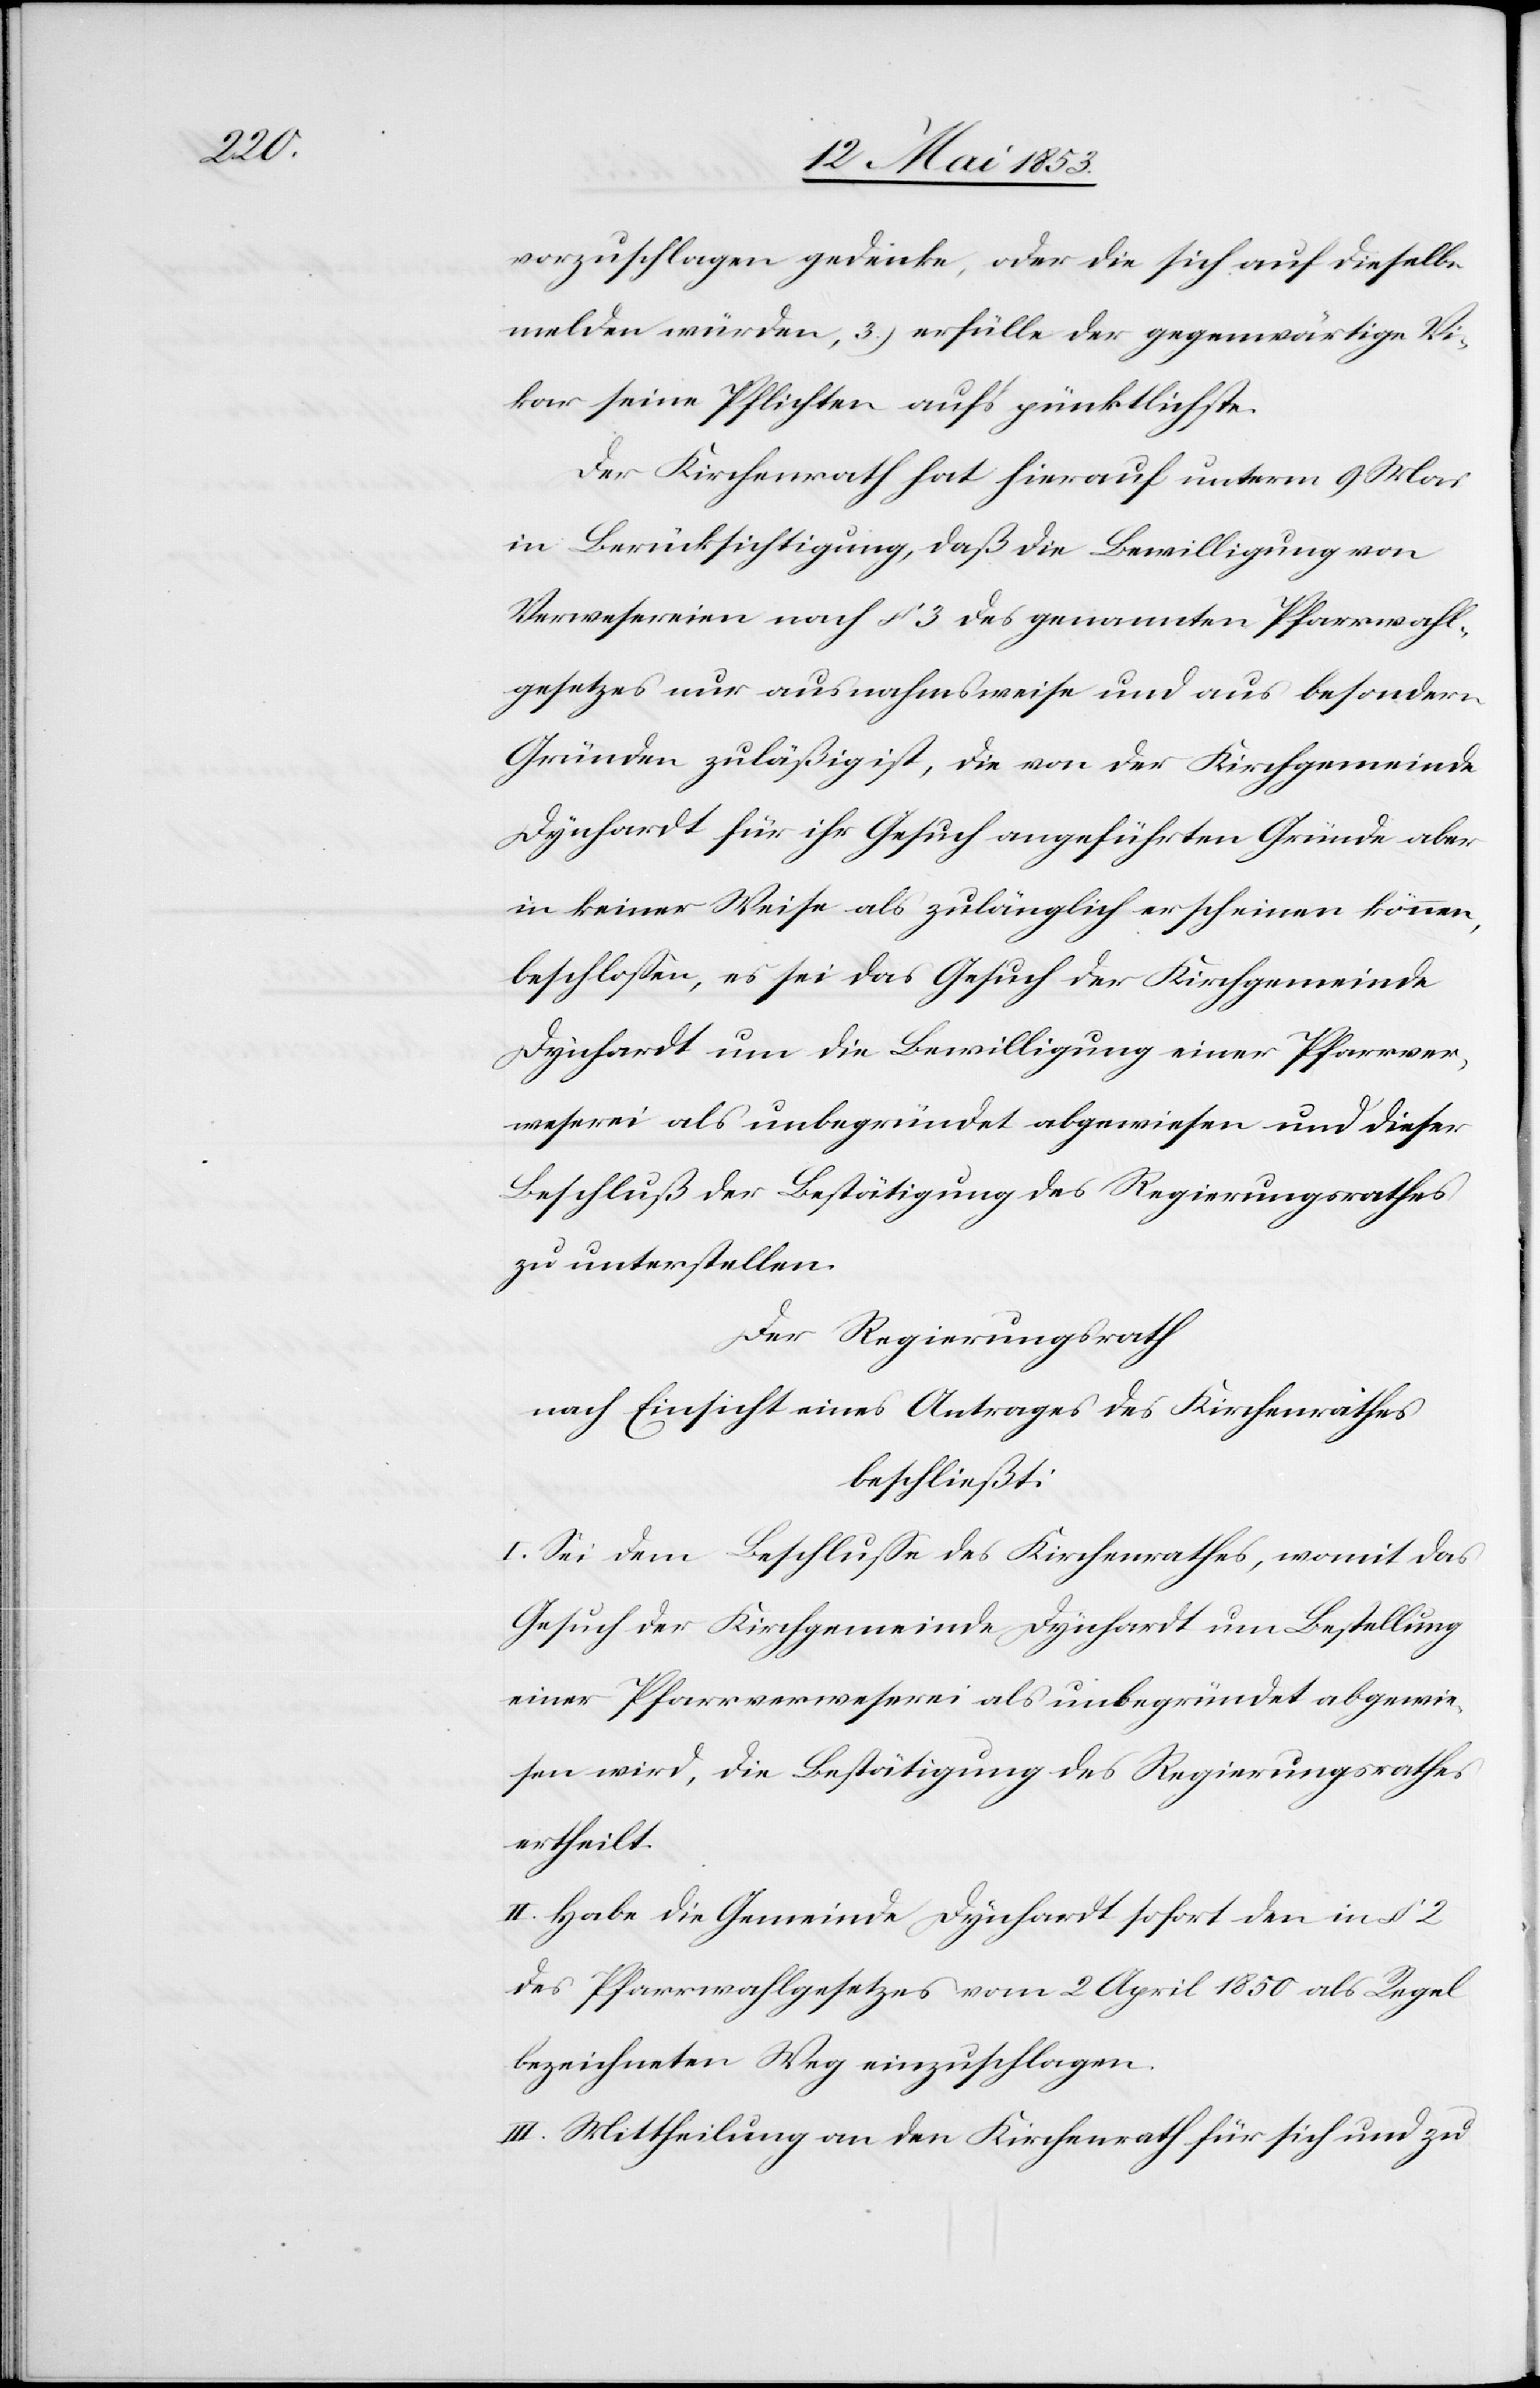
vorzuschlagen gedeute, oder die sich auf dieselbe
melden würden, 3.) erfülle der gegenwärtige Vi¬
kar seine Pflichten aufs gründlichste.
Der Kirchenrath hat hierauf unterm 9 Mai
in Berücksichtigung, daß die Bewilligung von
Verwesereien nach § 3 des genannten Pfarrwahl¬
gesetzes nur ausnahmsweise und aus besondern
Gründen zuläßig ist, die von der Kirchgemeinde
Dynhardt für ihr Geuch angeführten Gründe aber
in keiner Weise als zugänglich erscheinen können,
beschloßen, es sei das Gesuch der Kirchgemeinde
Dynhardt um die Bewilligung einer Pfarrver¬
weserei als unbegründet abgewiesen und dieser
Beschluß der Bestätigung des Regierungsrathes
zu unterstellen.
Der Regierungsrath
nach Einsicht eines Antrages des Kirchenrathes
beschließt:
I. Sei dem Beschluße des Kirchenrathes, womit das
Gesuch der Kirchgemeinde Dynhardt um Bestellung
einer Pfarrverweserei als unbegründet abgewie¬
sen wird, die Bestätigung des Regierungsrathes
ertheilt.
II. Habe die Gemeinde Dynhardt sofort den in § 2
des Pfarrwahlgesetzes vom 2 April 1850 als Regel
bezeichneten Weg einzuschlagen.
III. Mittheilung an den Kirchenrath für sich und zu